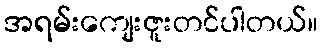
အရမ်းကျေးဇူးတင်ပါတယ်။